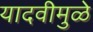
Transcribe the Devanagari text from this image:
यादवीमुळे